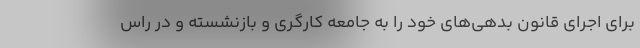
برای اجرای قانون بدهی‌های خود را به جامعه کارگری و بازنشسته و در راس